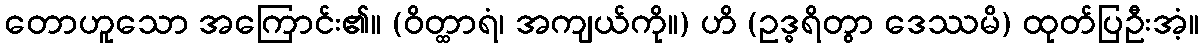
တောဟူသော အကြောင်း၏။ (ဝိတ္ထာရံ၊ အကျယ်ကို။) ဟိ (ဥဒ္ဓရိတွာ ဒေဿမိ) ထုတ်ပြဦးအံ့။